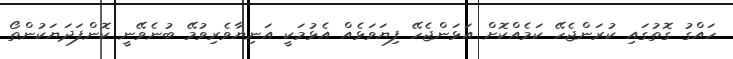
ހައްގު ގޮތުގައި ކުރަންޖެހޭ ކަމެއްކޮށް އަޅަންޖެހޭ ފިޔަވަޅެއް އެޅުމަކީ އަނިޔާވެރިވުމޭ ބުނެވޭނީ ކޮންފަދަޔަކުންތޯ